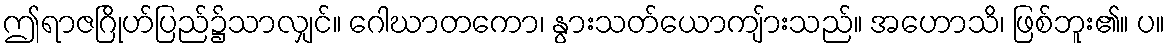
ဤရာဇဂြိုဟ်ပြည်၌သာလျှင်။ ဂေါဃာတကော၊ နွားသတ်ယောကျ်ားသည်။ အဟောသိ၊ ဖြစ်ဘူး၏။ ပ။